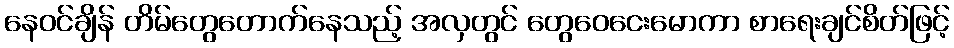
နေဝင်ချိန် တိမ်တွေတောက်နေသည့် အလှတွင် တွေဝေငေးမောကာ စာရေးချင်စိတ်ဖြင့်